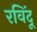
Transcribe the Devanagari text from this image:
रविंदू